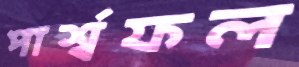
পার্শ্বফল